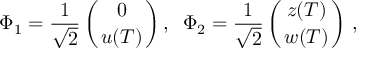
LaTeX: \Phi _ { 1 } = { \frac { 1 } { \sqrt { 2 } } } \left( { { 0 \atop u ( T ) } } \right) , \; \; \Phi _ { 2 } = { \frac { 1 } { \sqrt { 2 } } } \left( { { z ( T ) \atop w ( T ) } } \right) \, ,